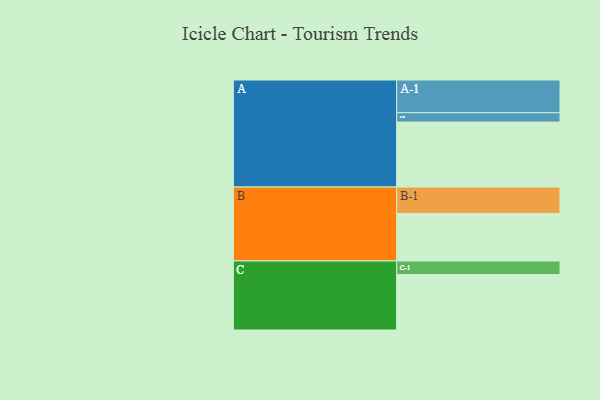
{"axis": {"x": "Segment", "y": "Value"}, "legend": ["", "A", "B", "C"], "data": [{"x": "A", "y": 540, "type": ""}, {"x": "B", "y": 395, "type": ""}, {"x": "C", "y": 461, "type": ""}, {"x": "A-1", "y": 272, "type": "A"}, {"x": "A-2", "y": 78, "type": "A"}, {"x": "B-1", "y": 219, "type": "B"}, {"x": "C-1", "y": 113, "type": "C"}]}